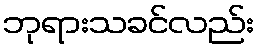
ဘုရားသခင်လည်း